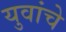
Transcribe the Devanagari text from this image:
युवांचे